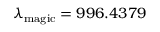
\lambda _ { \mathrm { m a g i c } } = 9 9 6 . 4 3 7 9